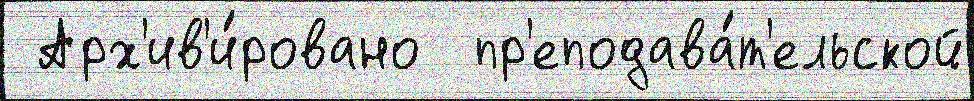
 Арх'ив'и́ровано  пр'еподава́т'ельской